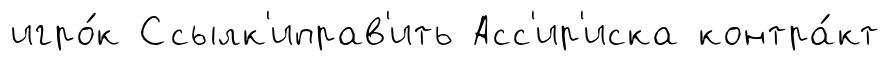
игро́к Ссылк'иправ'ить Асс'ир'иска контра́кт